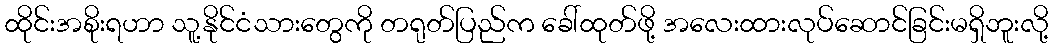
ထိုင်းအစိုးရဟာ သူ့နိုင်ငံသားတွေကို တရုတ်ပြည်က ခေါ်ထုတ်ဖို့ အလေးထားလုပ်ဆောင်ခြင်းမရှိဘူးလို့